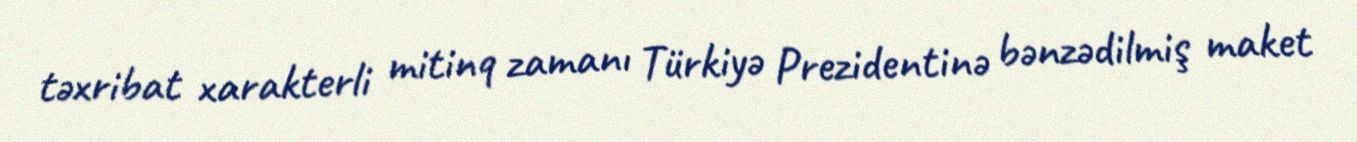
təxribat xarakterli mitinq zamanı Türkiyə Prezidentinə bənzədilmiş maket